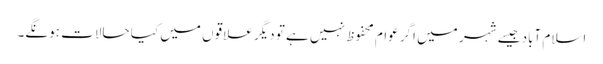
اسلام آباد جیسے شہر میں اگر عوام محفوظ نہیں ہے تو دیگر علاقوں میں کیا حالات ہونگے۔